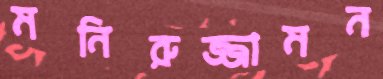
মনিরুজ্জামন